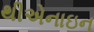
થીએનાઇન